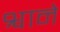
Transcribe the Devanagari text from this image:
श्वाने